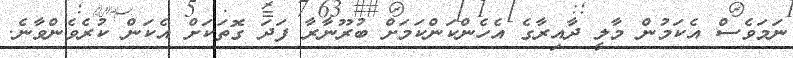
ނަމަވެސް އެކަމުން މާލީ ދާއިރާގެ އެހެންކަންކަމަށް ބުރޫނާރާ ފަދަ ގޮތަކަށް އެކަން ކުރެވެންވާނެ.